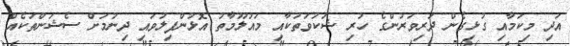
އަދި މިކަމާއި ގުޅިގެން ދަރިވަރުންގެ ހުރި ޝަކުވަތަކާއި މައުލޫމާތު އޮޅުންފިލުވައި ދިނުމަށް ސެޝަންތަކެއް